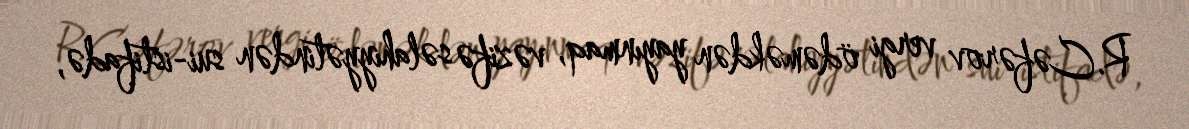
R.Cəfərov vergi ödəməkdən yayınmaq, vəzifə səlahiyyətindən sui-istifadə,